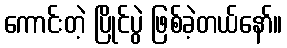
ကောင်းတဲ့ ပြိုင်ပွဲ ဖြစ်ခဲ့တယ်နော်။